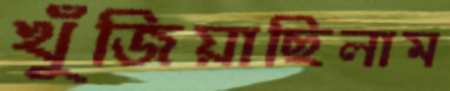
খুঁজিয়াছিলাম